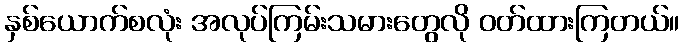
နှစ်ယောက်စလုံး အလုပ်ကြမ်းသမားတွေလို ဝတ်ထားကြတယ်။